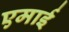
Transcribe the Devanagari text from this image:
एमाई